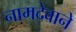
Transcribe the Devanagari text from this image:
नामदेवाने